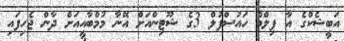
އަބީޝެކްގެ އާ ފިލްމް ހައުސްފުލް 3ގެ ޝޫޓިންއަށް އޭނާ މުމްބާއީއަށް ދާން ޖެހިފައި